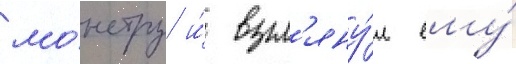
мо́нстру и́ взгл'яну́л ему́